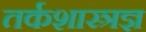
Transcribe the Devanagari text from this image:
तर्कशास्त्रज्ञ